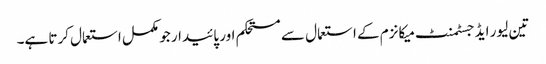
تین لیور ایڈجسٹمنٹ میکانزم کے استعمال سے مستحکم اور پائیدار جو مکمل استعمال کرتا ہے۔